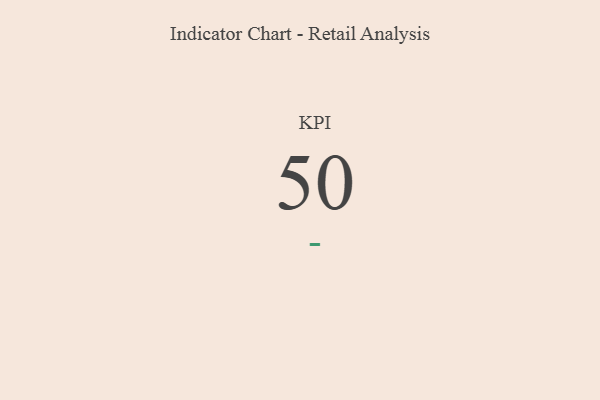
{"axis": {"x": "KPI", "y": "Value"}, "legend": [""], "data": [{"x": "KPI", "y": 50, "type": ""}]}